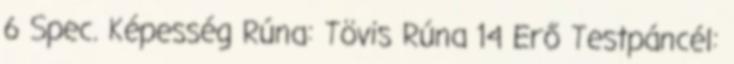
6 Spec. Képesség Rúna: Tövis Rúna 14 Erő Testpáncél: